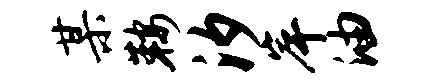
某鞍汐岸油